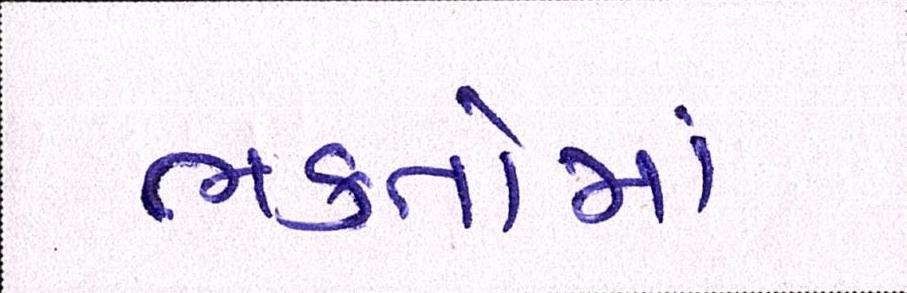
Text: ભકતોમાં